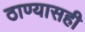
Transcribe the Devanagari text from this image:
ठाण्यासही